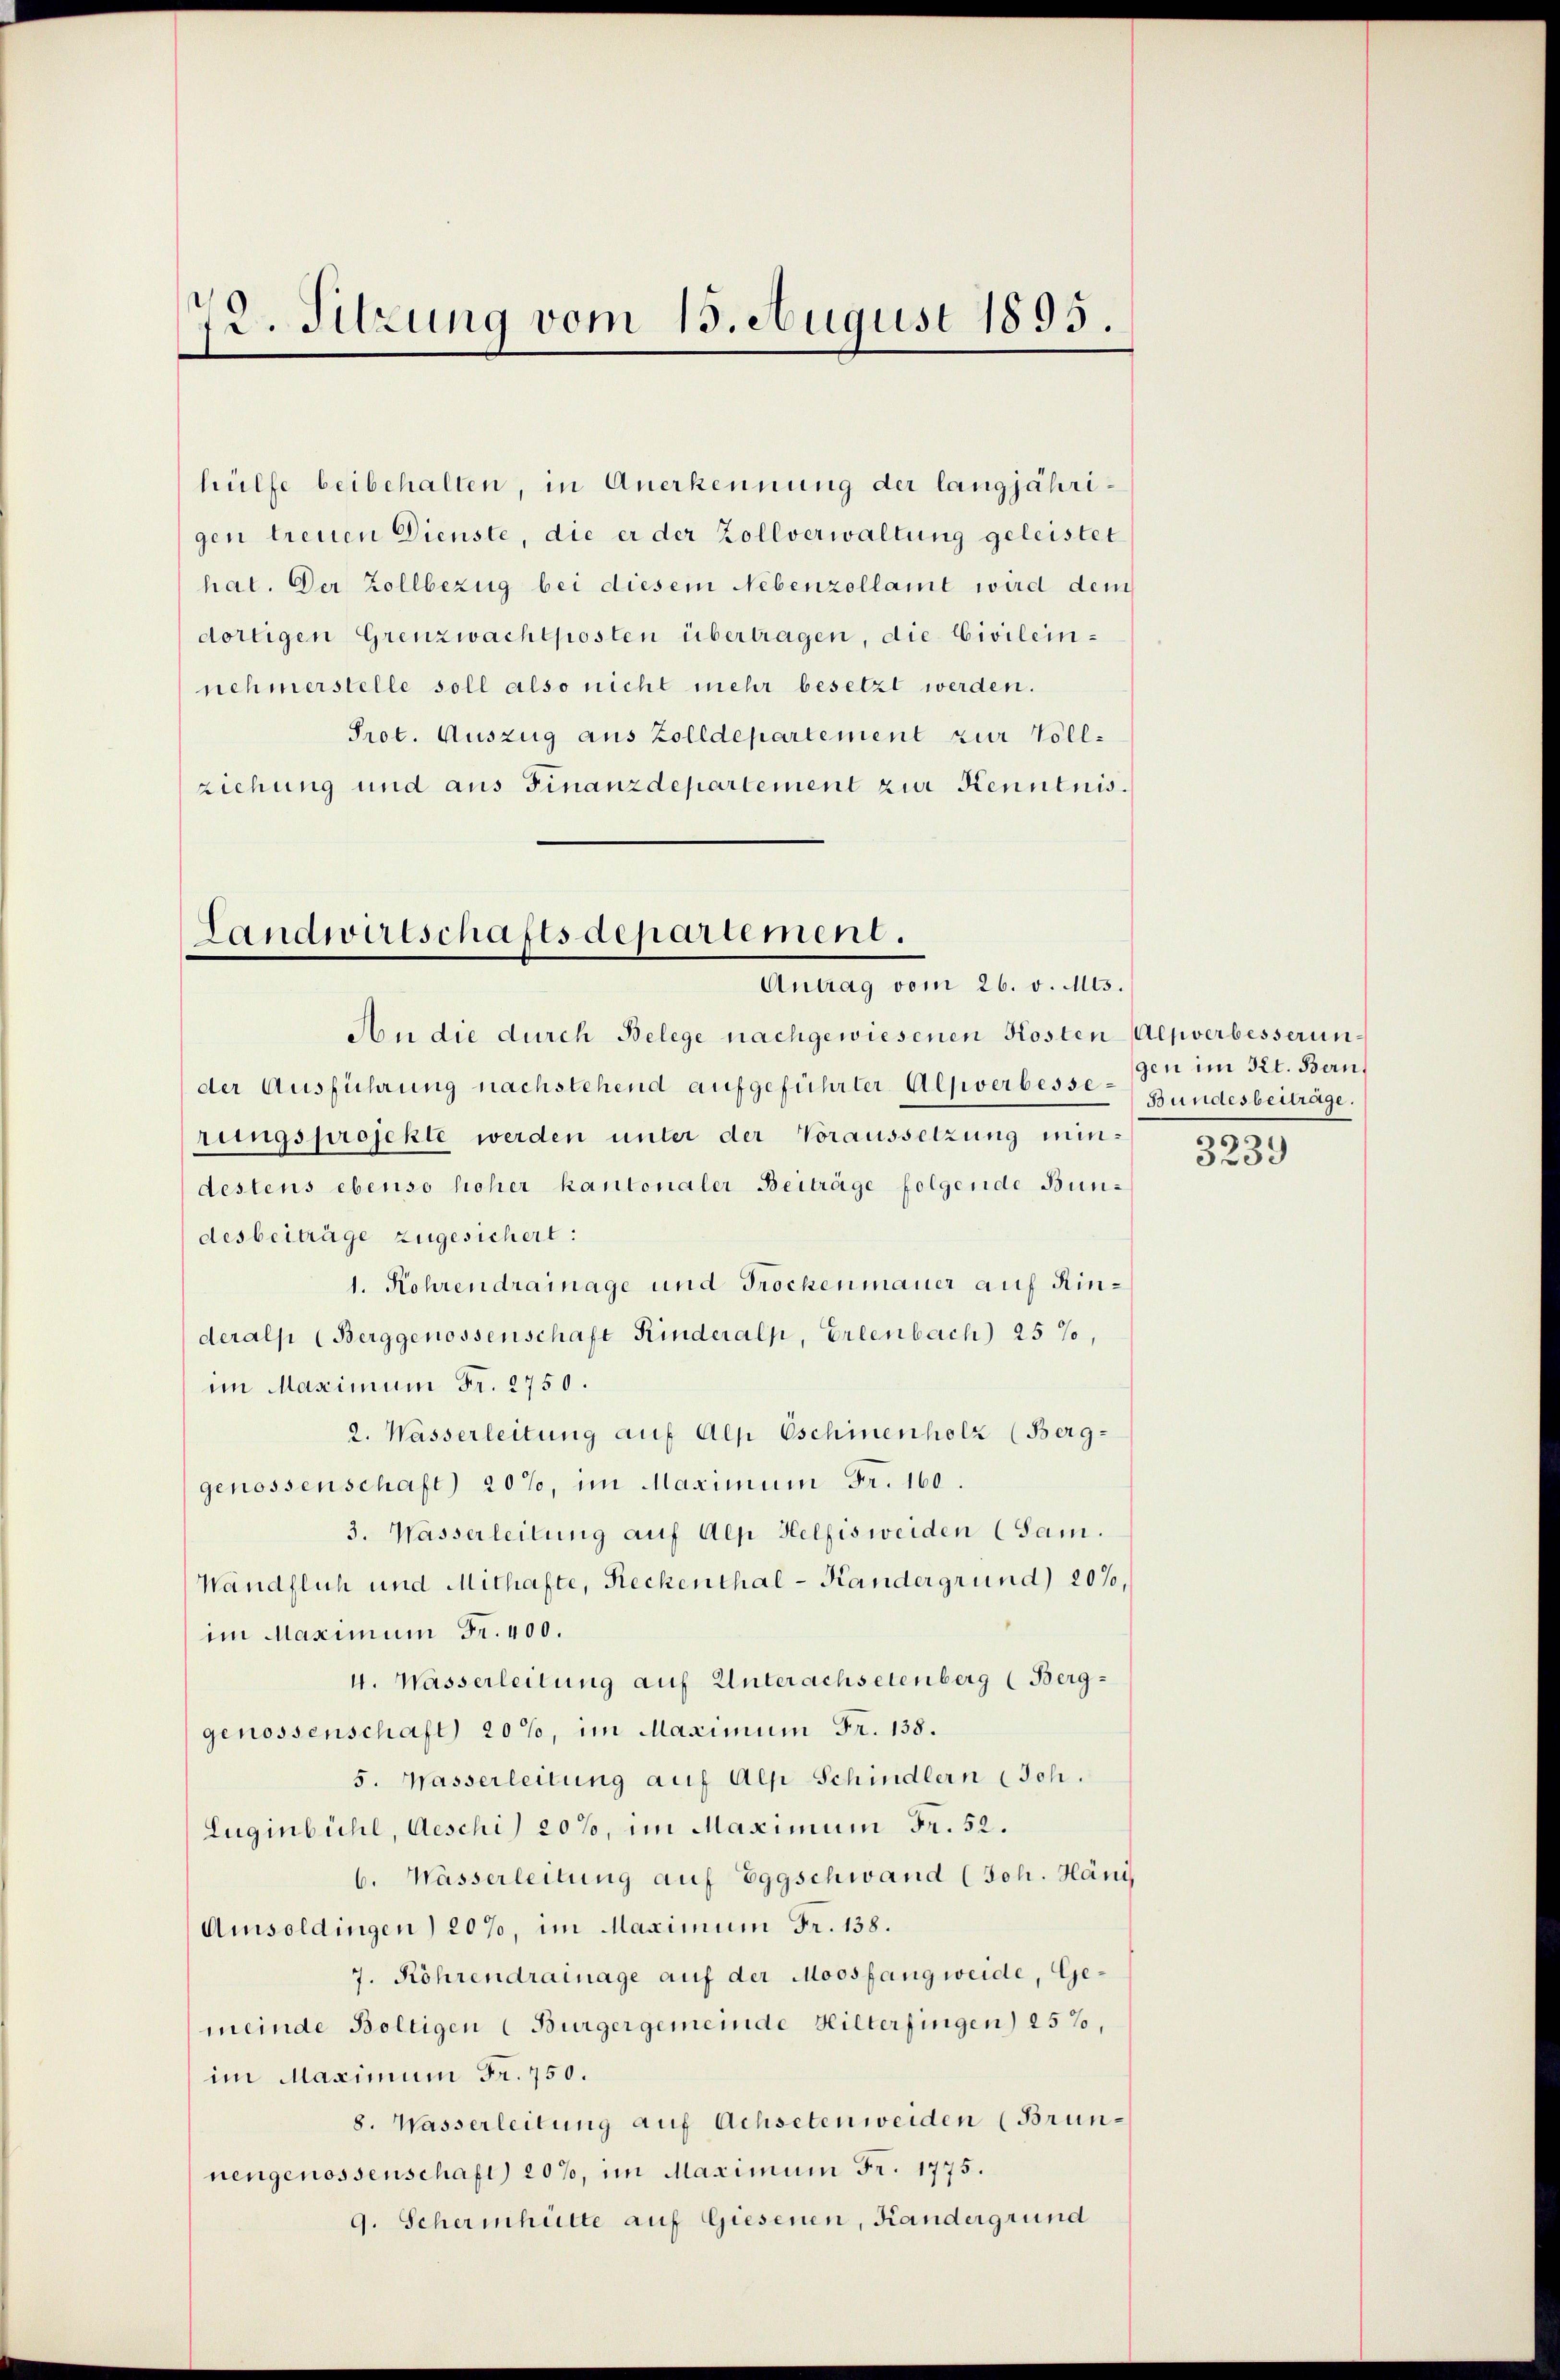
72. Sitzung vom 15. August 1895.

hülfe beibehalten, in Anerkennung der langjährigen treuen Dienste, die er der Zollverwaltung geleistet
hat. Der Zollbezug bei diesem Nebenzollamt wird dem
dortigen Grenzwachtposten übertragen, die Civileinnehmerstelle soll also nicht mehr besetzt werden.
Prot. Auszug aus Zolldepartement zur Vollziehung und aus Finanzdepartement zur Kenntnis.

Landwirtschaftsdepartement.
Antrag vom 26. v. Mts.

An die durch Belege nachgewiesenen Kosten Alpverbesserunder Ausführung nachstehend aufgeführter Alpverbesserungsprojekte werden unter der Voraussetzung mindestens ebenso hoher kantonaler Beiträge folgende Bundesbeiträge zugesichert:
1. Kohrendrainage und Trochenmauer auf Rinderalp (Berggenossenschaft Kinderalp, Erlenbach) 25%,
im Maximum Fr. 2750.
2. Wasserleitung auf Alp Eschinenholz (Berg-
genossenschaft) 20%, im Maximum Fr. 160.
3. Wasserleitung auf Alp Helfisweiden (Sam.
Wändflich und Mithafte, Reckenthal - Kandergrund 207,
im Maximum Fr. 400.
4. Wasserleitung auf Unterachsetenberg (Berggenossenschaft 20%, im Maximum Fr. 138.
5. Wasserleitung auf Alp Schindlern (Joh.
Luginbühl, Aeschi) 20%, im Maximum Fr. 52.
6. Wasserleitung auf Eggschwand (Joh. Häni
Umsoldingen) 207, im Maximum Fr. 138.
7. Röhrendrainage auf der Moosfangweide, Gemeinde Boltigen (Bürgergemeinde Hilterfingen) 25%,
im Maximum Fr. 750.
8. Wasserleitung auf Achsetenweiden (Brunnengenossenschaft) 20%, im Maximum Fr. 1775.
9. Scherinhütte auf Giesenen, Kandergrund

gen im Kt. Bern,
Bundesbeitrage.
1

3259